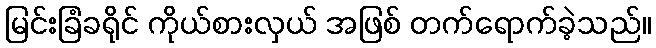
မြင်းခြံခရိုင် ကိုယ်စားလှယ် အဖြစ် တက်ရောက်ခဲ့သည်။